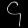
Digit: ၄